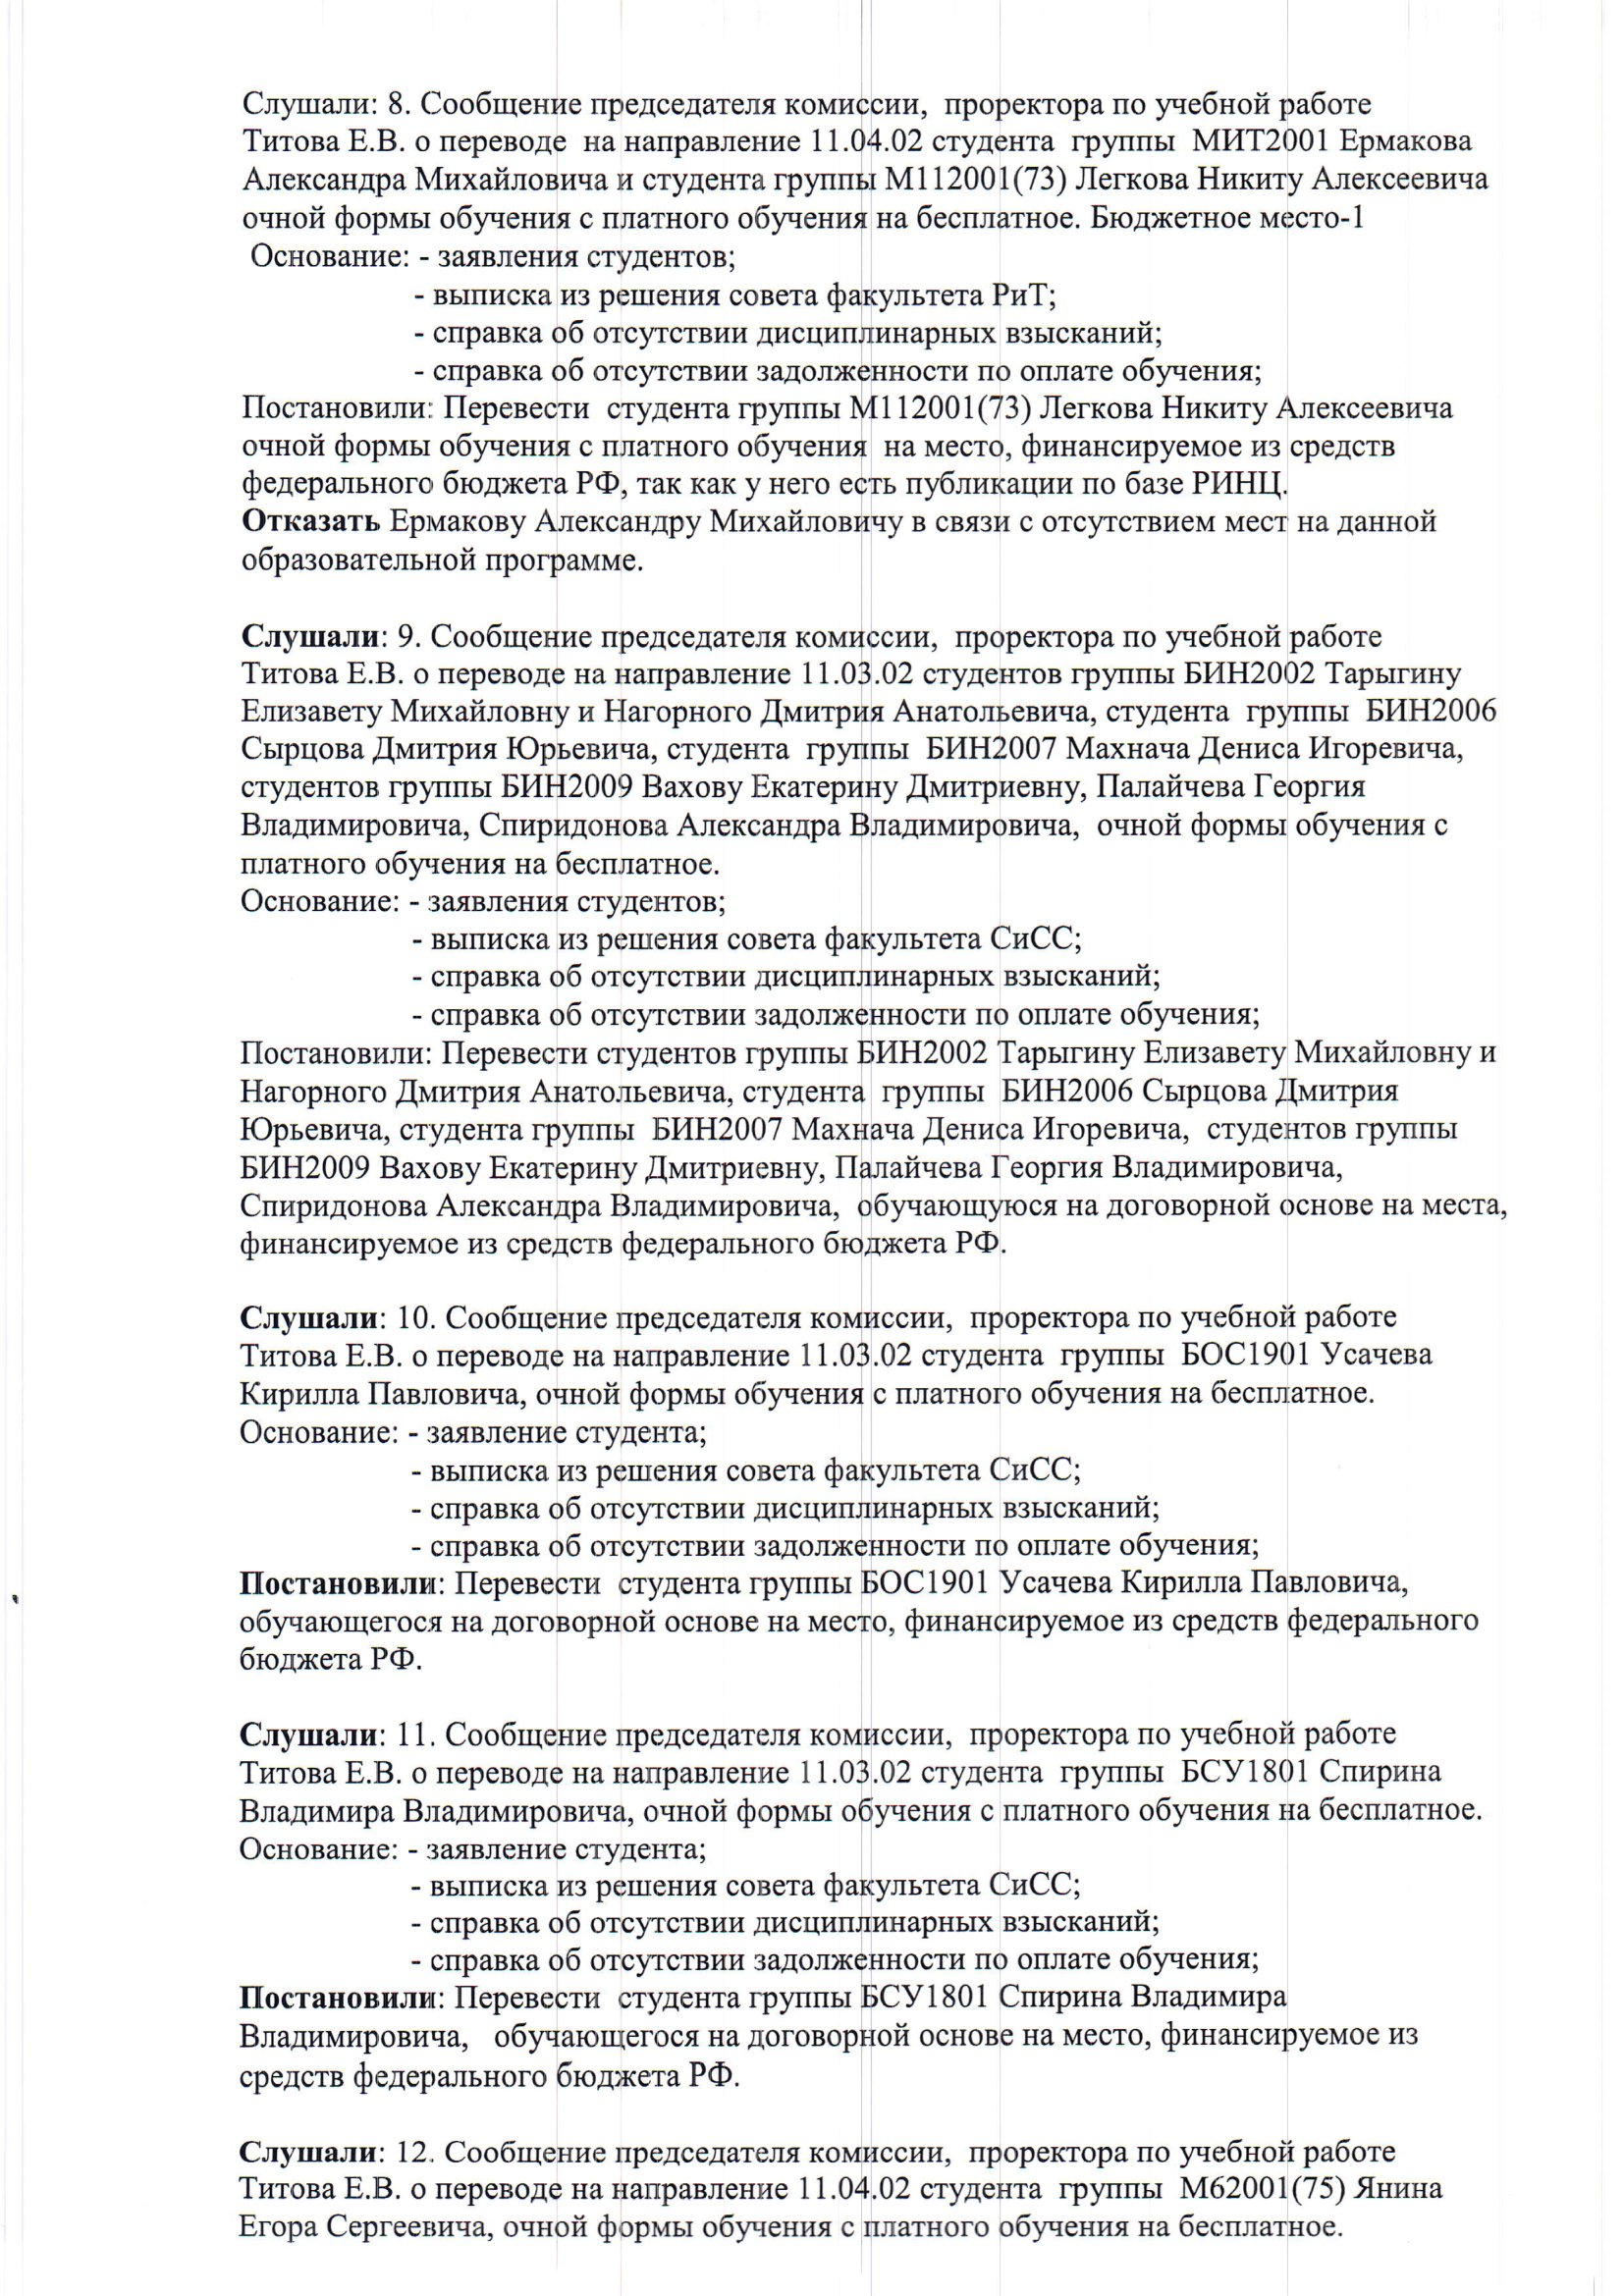
Language: ru